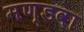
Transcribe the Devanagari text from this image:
मण्डवा